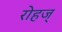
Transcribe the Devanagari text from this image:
रोहज्